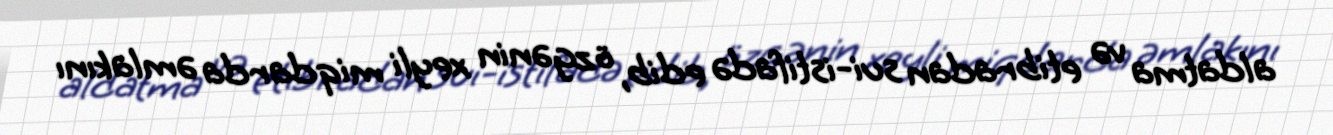
aldatma və etibradan sui-istifadə edib, özgənin xeyli miqdarda əmlakını